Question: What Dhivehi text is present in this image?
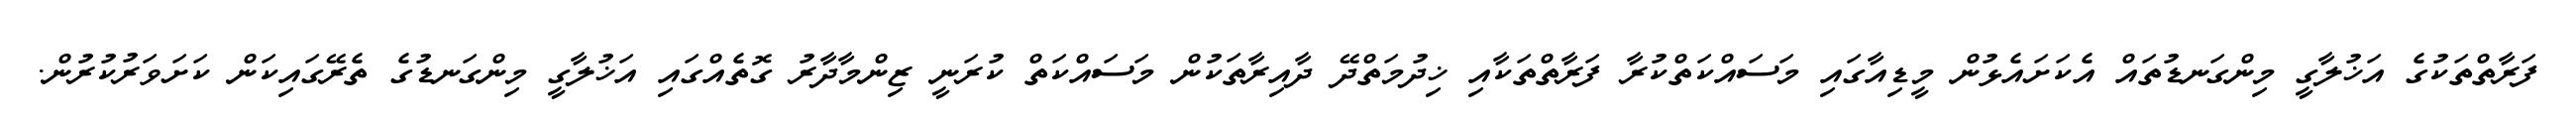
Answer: ފަރާތްތަކުގެ އަޚުލާގީ މިންގަނޑުތައް އެކަށައެޅުން މީޑިއާގައި މަސައްކަތްކުރާ ފަރާތްތަކާއި ޚިދުމަތްދޭ ދާއިރާތަކުން މަސައްކަތް ކުރަނީ ޒިންމާދާރު ގޮތެއްގައި އަޚުލާގީ މިންގަނޑުގެ ތެރޭގައިކަން ކަށަވަރުކުރުން.